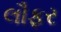
લૌફર